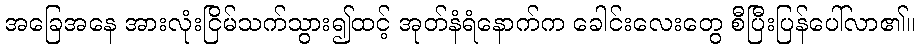
အခြေအနေ အားလုံးငြိမ်သက်သွား၍ထင့် အုတ်နံရံနောက်က ခေါင်းလေးတွေ စီပြီးပြန်ပေါ်လာ၏။